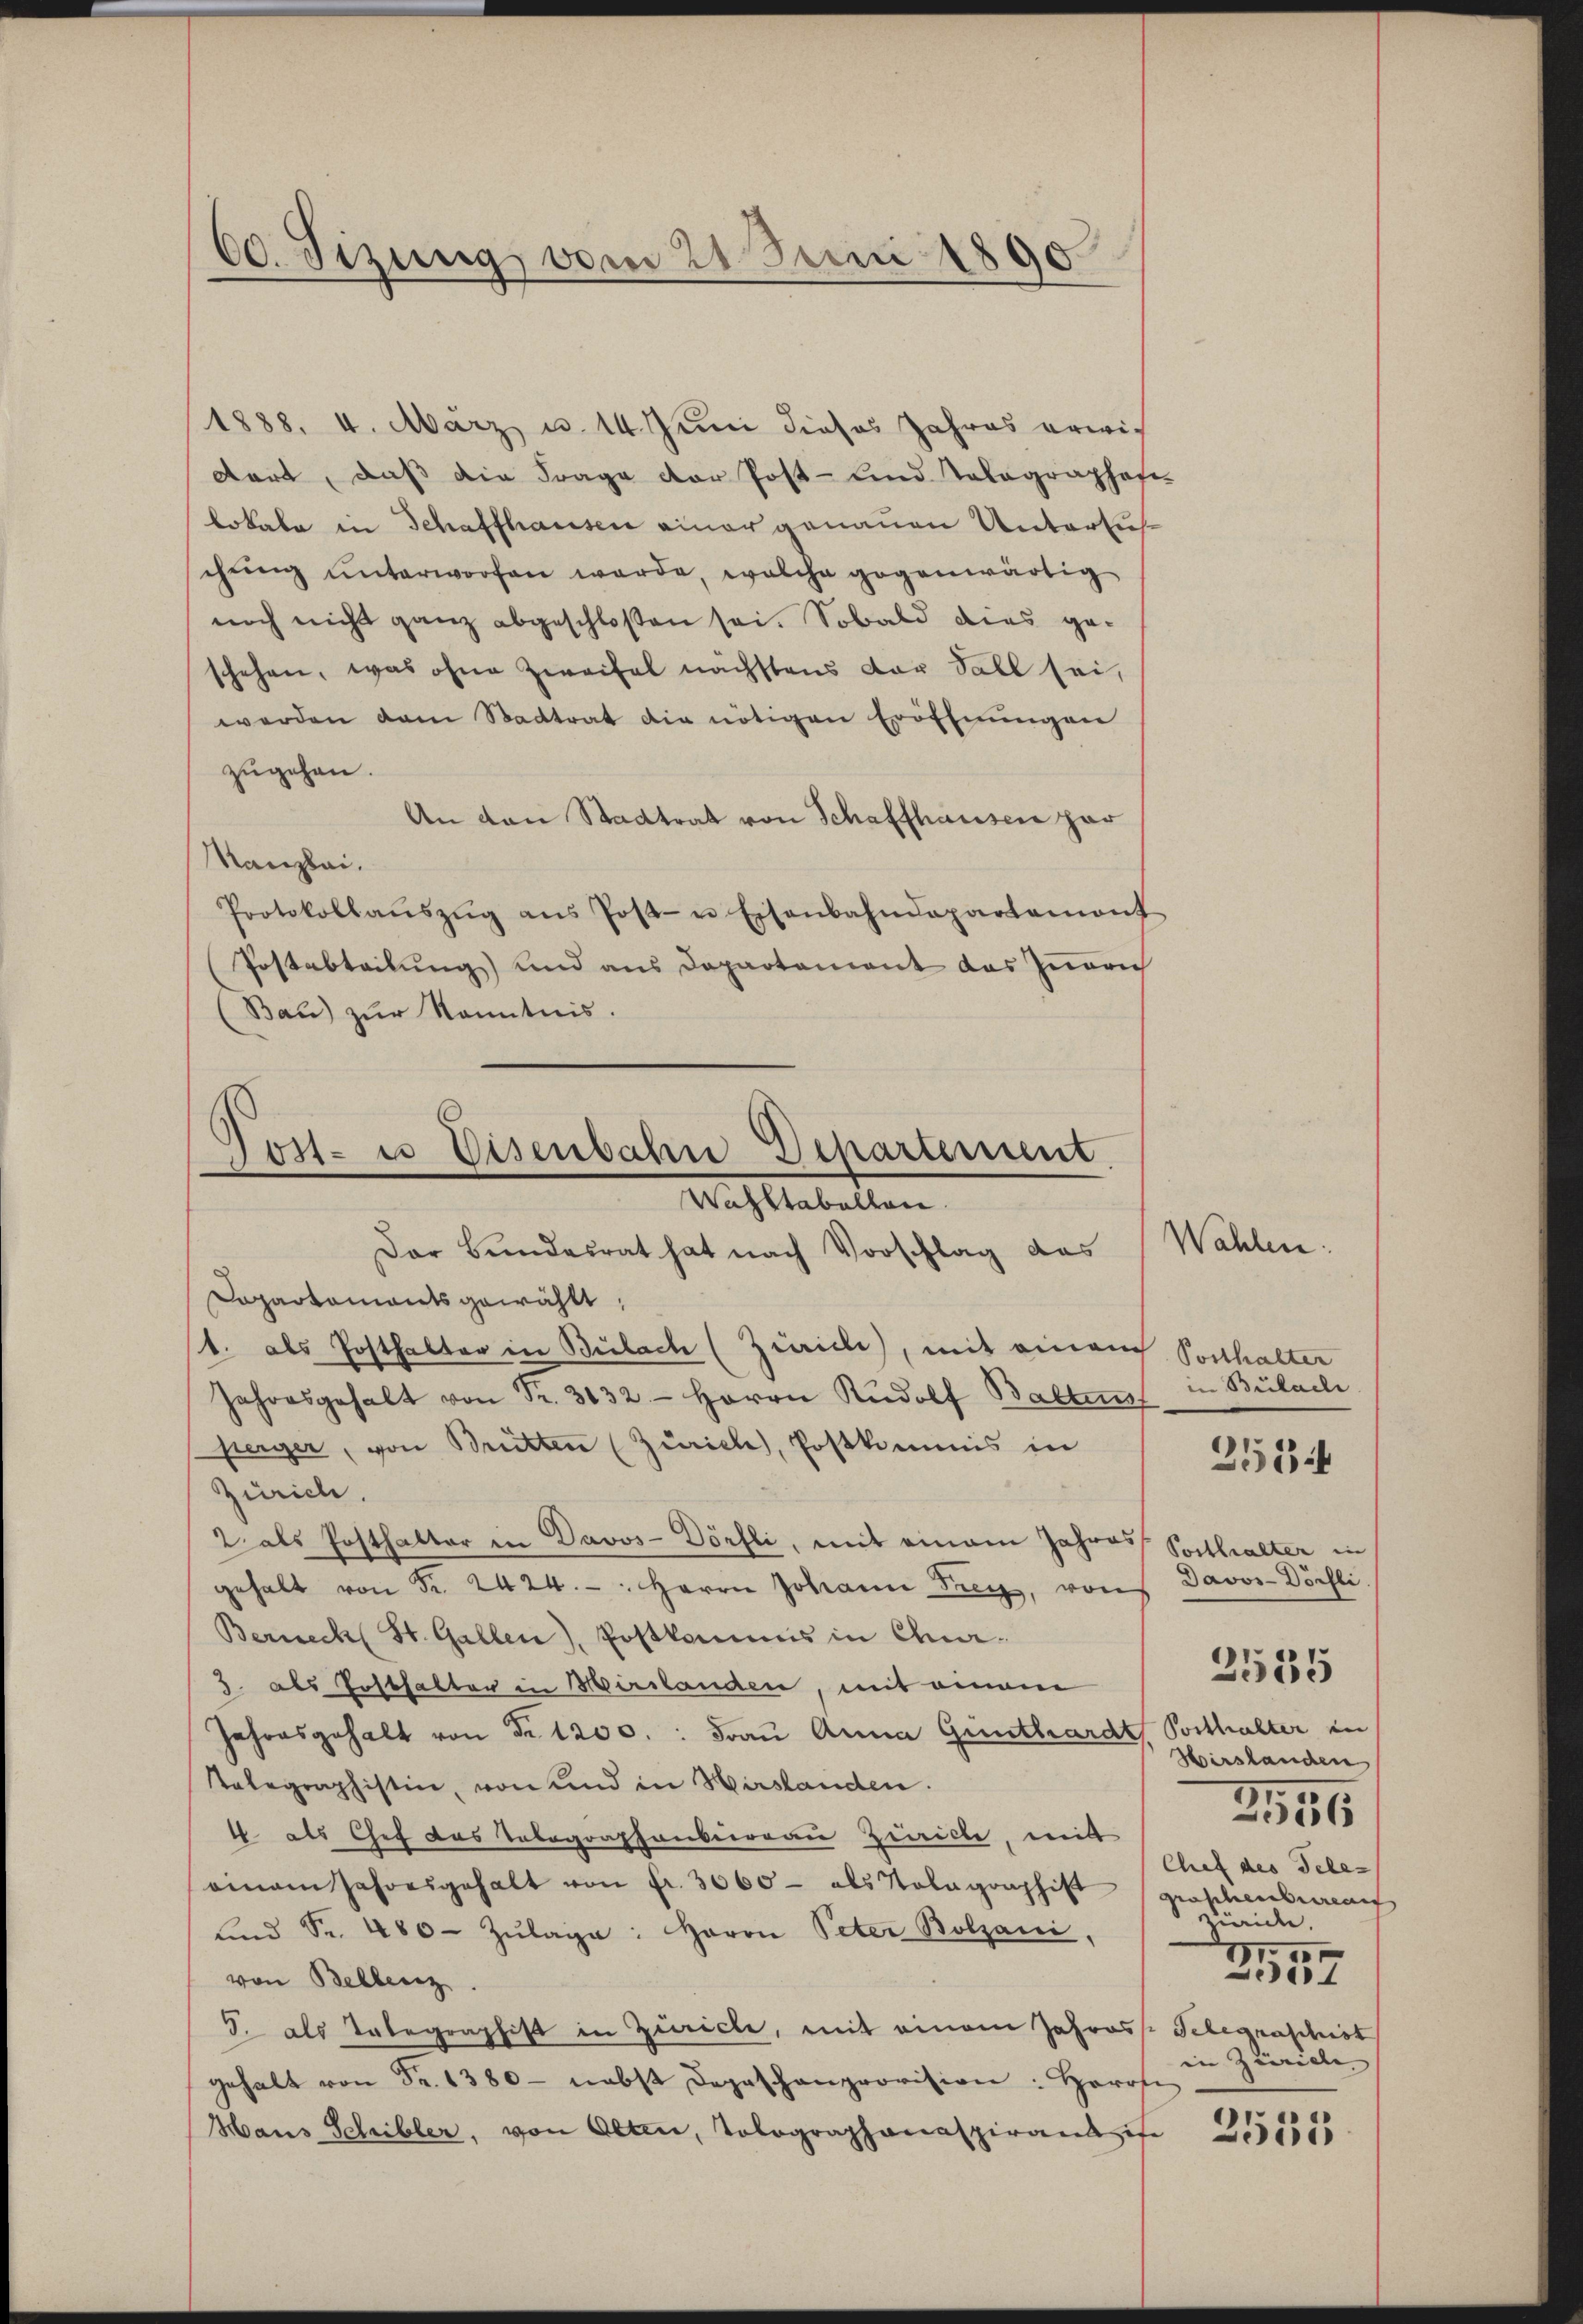
60. Sizung vom 21. Juni 1890

1888. 4. März u. 14. Juni dieses Jahres erwis-
dort, daß die Frage der Post- und Tolographofe
lokale in Schaffhausen einer genauen Untersuchŭng ŭnterworfen werde, welche gegenwärtig
noch nicht ganz abgeschloßen sei. Sobald dies ge-
schehen, was ohne Zweifel nächstens der Fall sei,
werden dem Stadtrat die nötigen Eröffnungen
zugehen.
An den Stadtrat von Schaffhausen par
Kanzlei.
Protokollaŭszŭg ans Post- u Eisenbahndepartamont
Postabteilung und aus Departement das Inneric
Bau) zur Kenntnis.

ost- u Eisenbahne Departement
Wachstabellen

Der Bundesrat hat nach Vorschlag das
Dapartaments gewählt,
(1. als Posthalter in Bülach (Zürich), mit ein auch Posthalter
Jahresgehalt von Fr. 3132- Herrn Rudolf Balten
perger, von Brütten (Zürich, Postkommis in
Zürich.
2 als Posthalter in Davos- Dörfli, mit einem Jahres Posthalter in
gehalt von Fr. 2424. - Herrn Johann Frey, von Davos-Döchli
Berech St. Gallen), Postkammes in Chur¬
3. als Posthalter in Hirslanden, mit einem
Jahresgehalt von Nr. 1200.: Frau Anna Günthardt Posthalter in
Telegraphistin, von und in Hirslanden.
4 als Chef das Telegraphenbergau Ziville, mit
omam Jahresgehalt von fr. 3060 - als Volagraphist groschenbureauf
And Sr. 480 Zŭlage: Herrn Peter Bolzani
von Bellenz
5. als Tabegraphist in Zürich, mit einem Jahres Telegraschist
gehalt von Fr. 1380- nebst Depeschanprovision: Herrs
Hans Schribler, von Olten, Tolographanaspirantis

Wahlen.

in Bulacli
Hirslanden
1
56
Chef des Tele-
Zürich.
B
4
in Züricle
.

2534

2535

2511